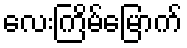
လေးကြိမ်မြောက်